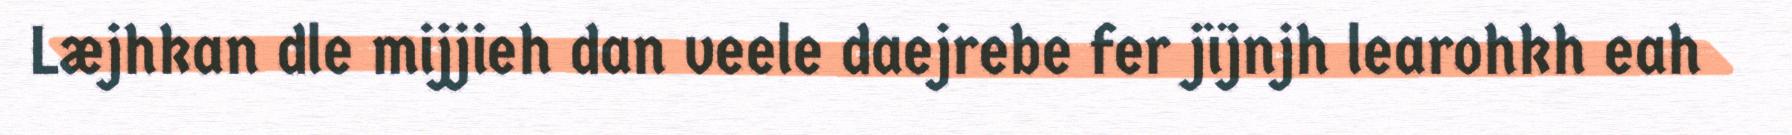
Læjhkan dle mijjieh dan veele daejrebe fer jïjnjh learohkh eah